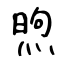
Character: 煦